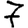
Digit: 7